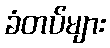
ခံတပ်များ